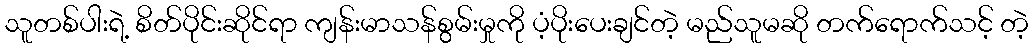
သူတစ်ပါးရဲ့ စိတ်ပိုင်းဆိုင်ရာ ကျန်းမာသန်စွမ်းမှုကို ပံ့ပိုးပေးချင်တဲ့ မည်သူမဆို တက်ရောက်သင့် တဲ့